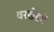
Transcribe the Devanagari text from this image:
वरखेडमें